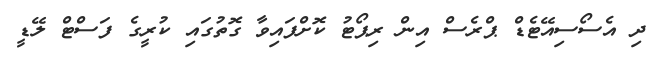
ދި އެސޯސިއޭޓެޑް ޕްރެސް އިން ރިޕޯޓު ކޮށްފައިވާ ގޮތުގައި ކުރީގެ ފަސްޓް ލޭޑީ